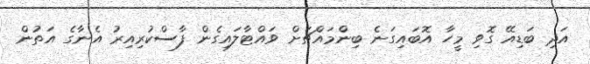
އަދި ބަޑިއޭ ގޮވި މީހާ އޮބައިގަނެ ބިންމައްޗަށް ވައްޓާލައިގެން ފާސްކުރިއިރު އެނާގެ އަތުން